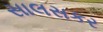
સાલસકર